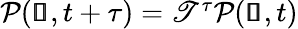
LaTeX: \begin{array}{r}{\mathcal{P}(\pmb{\mathscr{s}},t+\tau)=\mathscr{T}^{\tau}\mathcal{P}(\pmb{\mathscr{s}},t)}\end{array}